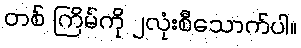
တစ် ကြိမ်ကို ၂လုံးစီသောက်ပါ။